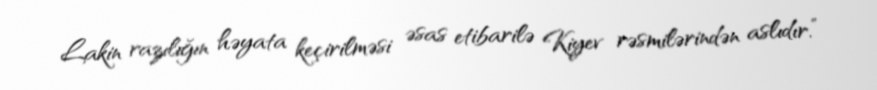
Lakin razılığın həyata keçirilməsi əsas etibarilə Kiyev rəsmilərindən aslıdır.”